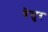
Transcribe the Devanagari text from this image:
बेसुर